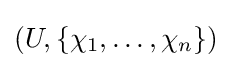
(U,\{\chi _{1},\ldots ,\chi _{n}\})